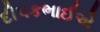
દીપકભાઈએ